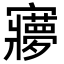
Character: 㝱